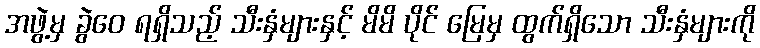
အဖွဲ့မှ ခွဲဝေ ရရှိသည့် သီးနှံများနှင့် မိမိ ပိုင် မြေမှ ထွက်ရှိသော သီးနှံများကို